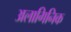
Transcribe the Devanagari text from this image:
अलागिनिक